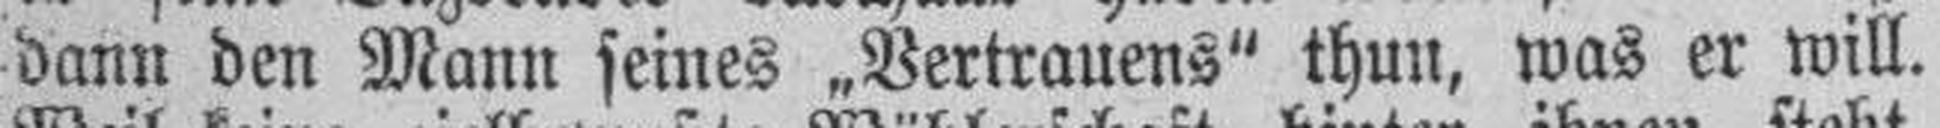
dann den Mann seines „Vertrauens" thun, was er will.